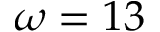
\omega = 1 3